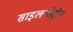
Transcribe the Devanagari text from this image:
साइलन्सेट्रोन